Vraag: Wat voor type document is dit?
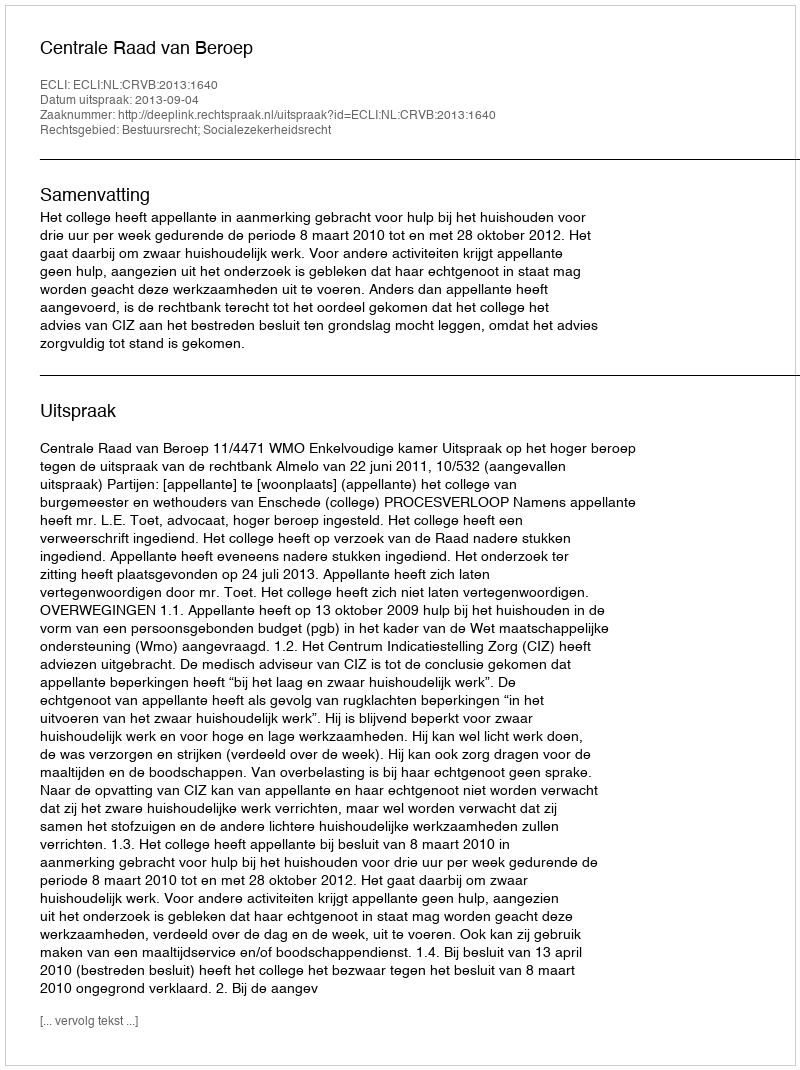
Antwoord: Uitspraak